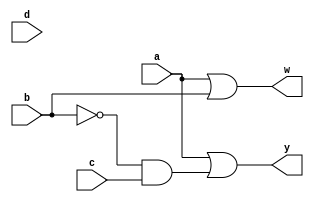
module PriorityEncoder(a,b,c,d,w,y);
	   input a,b,c,d;          //Inputs
   output reg w,y;              // Outputs            
always @(a,b,c,d) begin
    w=(a|b);
    y=(a|(~b&c));
  end
endmodule